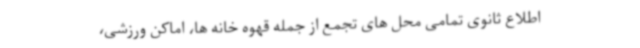
اطلاع ثانوی تمامی محل های تجمع از جمله قهوه خانه ها، اماکن ورزشی،